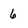
Character: 6